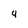
Character: 4